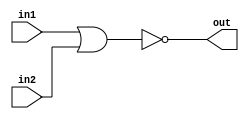
`timescale 1ns / 1ps
//////////////////////////////////////////////////////////////////////////////////
// Company: 
// Engineer: 
// 
// Design Name: 
// Module Name: nor21
// Project Name: 
// Target Devices: 
// Tool Versions: 
// Description: 
// 
// Dependencies: 
// 
// Revision:
// Revision 0.01 - File Created
// Additional Comments:
// 
//////////////////////////////////////////////////////////////////////////////////


module nor2(
    input in1,
    input in2,
    output out
    );
    assign out=~(in1|in2);
endmodule